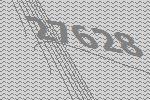
27628